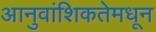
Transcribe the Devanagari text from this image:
आनुवांशिकतेमधून